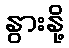
နွားနို့